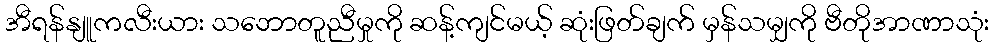
အီရန်နျူကလီးယား သဘောတူညီမှုကို ဆန့်ကျင်မယ့် ဆုံးဖြတ်ချက် မှန်သမျှကို ဗီတိုအာဏာသုံး